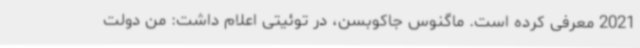
2021 معرفی کرده است. ماگنوس جاکوبسن، در توئیتی اعلام داشت: من دولت